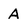
Character: A